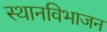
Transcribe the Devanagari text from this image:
स्थानविभाजन